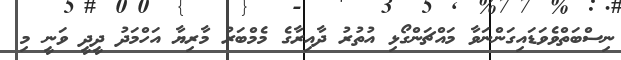
ނިސްބަތްވެވަޑައިގަންނަވާ މައްޗަންގޯޅި އުތުރު ދާއިރާގެ މެމްބަރު މާރިޔާ އަހްމަދު ދީދީ ވަނީ މި